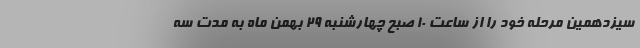
سیزدهمین مرحله خود را از ساعت 10 صبح چهارشنبه 29 بهمن ماه به مدت سه